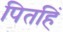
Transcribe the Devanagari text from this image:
पितहिं